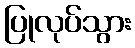
ပြုလုပ်သွား